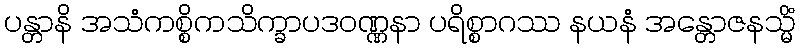
ပန္တာနိ အသံကစ္စိကသိက္ခာပဒဝဏ္ဏနာ ပရိစ္စာဂဿ နယနံ အန္တောဇနသ္မိံ